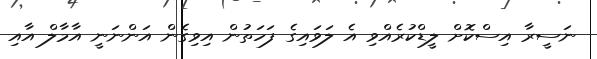
ނަސީރާ އިސްކޮށް ލީޑްކުރެއްވި އެ ލަވައިގެ ފަހަތުން އިވިގެން އަންނަނީ އާމާލް އާއި